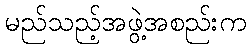
မည်သည့်အဖွဲ့အစည်းက